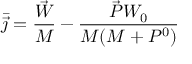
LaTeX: \bar { \vec { \jmath } } = \frac { \vec { W } } { M } - \frac { \vec { P } W _ { 0 } } { M ( M + P ^ { 0 } ) }